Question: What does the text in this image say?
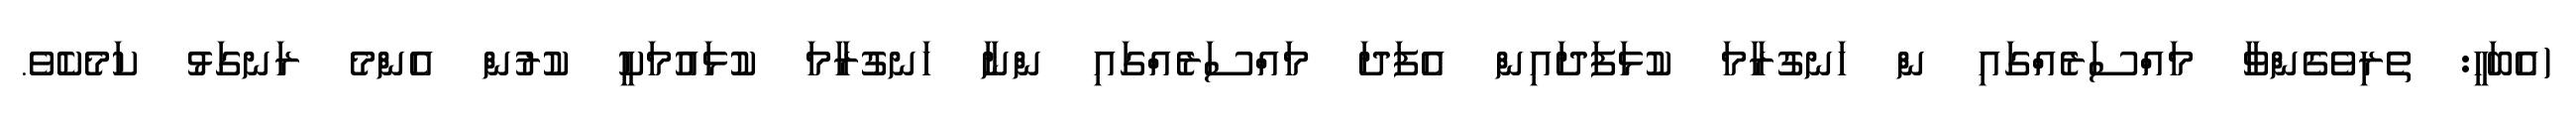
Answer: (އެބަހީ: ތެރިވެގެންވާ މައްސަރެއްގައި ން ހަނގުރާމަ ކުޅަފަދައިން އެފަދަ މައްސަރެއްގައި ންނާ ހަނގުރާމަ ކުޅައުމަކީ ކުރުން އެންމެ ރަނގަޅު ކަމެކެވެ.